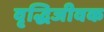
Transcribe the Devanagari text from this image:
वृद्धिजीवक